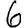
Digit: 6